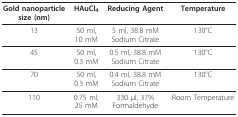
<table><thead><tr><td><b>Gold nanoparticle size (nm)</b></td><td><b>HAuCl<sub>4</sub></b></td><td><b>Reducing Agent</b></td><td><b>Temperature</b></td></tr></thead><tbody><tr><td>13</td><td>50 ml,10 mM</td><td>5 ml, 38.8 mMSodium Citrate</td><td>130°C</td></tr><tr><td>45</td><td>50 ml,0.3 mM</td><td>0.5 ml, 38.8 mMSodium Citrate</td><td>130°C</td></tr><tr><td>70</td><td>50 ml,0.3 mM</td><td>0.4 ml, 38.8 mMSodium Citrate</td><td>130°C</td></tr><tr><td>110</td><td>0.75 ml,25 mM</td><td>330 μl, 37%Formaldehyde</td><td>Room Temperature</td></tr></tbody></table>